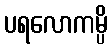
ပရလောကမ္ပိ